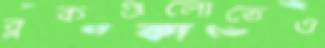
ব্লকগুলোতেও